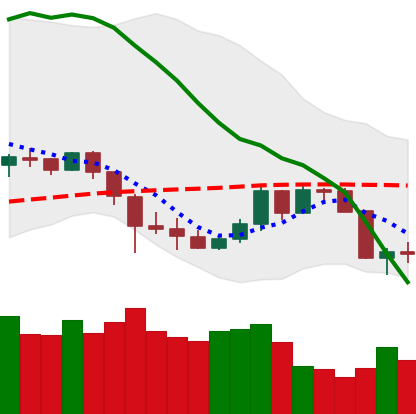
Ticker: DOGE-USD
Chart end date: 2020-03-10
Forward return: -23.652%
Label: down_7plus